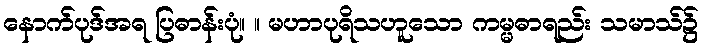
နောက်ပုဒ်အရ ပြဓာန်းပုံ။ ။ မဟာပုရိသဟူသော ကမ္မဓာရည်း သမာသ်၌